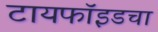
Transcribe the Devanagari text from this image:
टायफॉइडचा